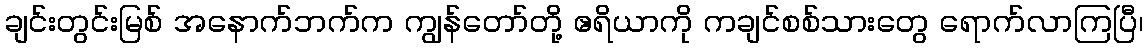
ချင်းတွင်းမြစ် အနောက်ဘက်က ကျွန်တော်တို့ ဧရိယာကို ကချင်စစ်သားတွေ ရောက်လာကြပြီ၊